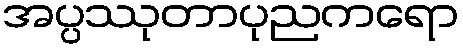
အပ္ပဿုတာပုညကရော